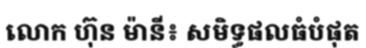
លោក ហ៊ុន ម៉ានី៖ សមិទ្ធផលធំបំផុត